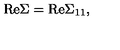
\mathrm { R e } \Sigma = \mathrm { R e } { \Sigma } _ { 1 1 } ,